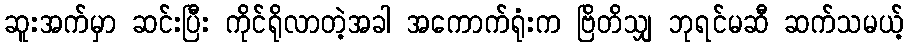
ဆူးအက်မှာ ဆင်းပြီး ကိုင်ရိုလာတဲ့အခါ အကောက်ရုံးက ဗြိတိသျှ ဘုရင်မဆီ ဆက်သမယ့်